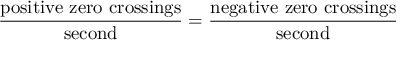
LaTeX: { \frac { \mathrm { p o s i t i v e \ z e r o \ c r o s s i n g s } } { \mathrm { s e c o n d } } } = { \frac { \mathrm { n e g a t i v e \ z e r o \ c r o s s i n g s } } { \mathrm { s e c o n d } } }